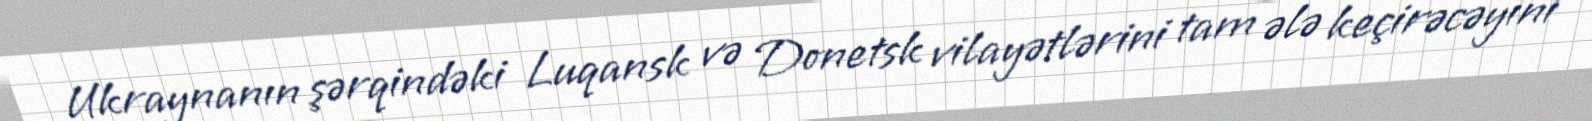
Ukraynanın şərqindəki Luqansk və Donetsk vilayətlərini tam ələ keçirəcəyini